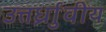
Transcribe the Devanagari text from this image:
उत्तर्ध्राुवीय